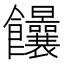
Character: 𩟻